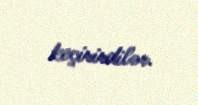
keçirirdilər.